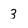
Character: 3